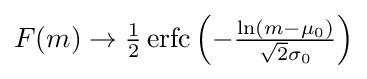
\textstyle F(m)\to {\frac {1}{2}}\operatorname {erfc} \left(-{\frac {\ln(m-\mu _{0})}{{\sqrt {2}}\sigma _{0}}}\right)